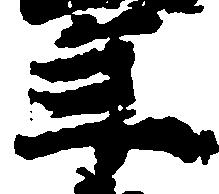
年